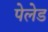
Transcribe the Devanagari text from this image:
पेलेड